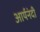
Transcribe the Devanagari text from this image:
आर्यनंदी